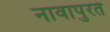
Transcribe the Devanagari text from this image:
नावापुरतं